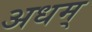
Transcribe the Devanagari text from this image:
अधम्